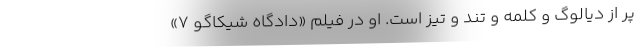
پر از دیالوگ و کلمه و تند و تیز است. او در فیلم «دادگاه شیکاگو ۷»